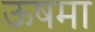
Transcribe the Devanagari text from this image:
ऊषमा